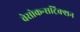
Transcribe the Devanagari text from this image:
वेसोकन्सट्रिक्शन